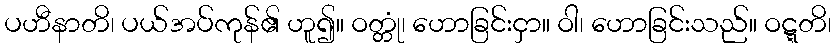
ပဟီနာတိ၊ ပယ်အပ်ကုန်၏ ဟူ၍။ ဝတ္တုံ၊ ဟောခြင်းငှာ။ ဝါ၊ ဟောခြင်းသည်။ ဝဋ္ဋတိ၊